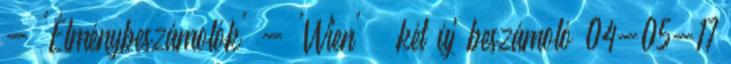
- 'Élménybeszámolók' - 'Wien' » két új beszámoló 04-05-17